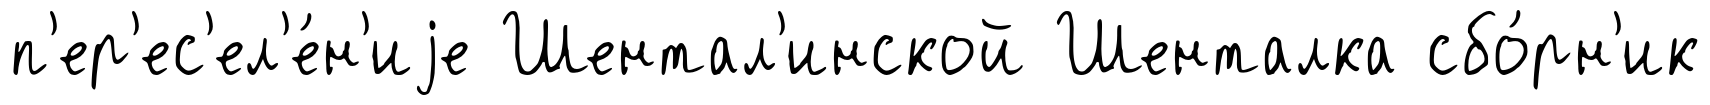
п'ер'ес'ел'е́н'иjе Шентал'инской Шенталка сбо́рн'ик